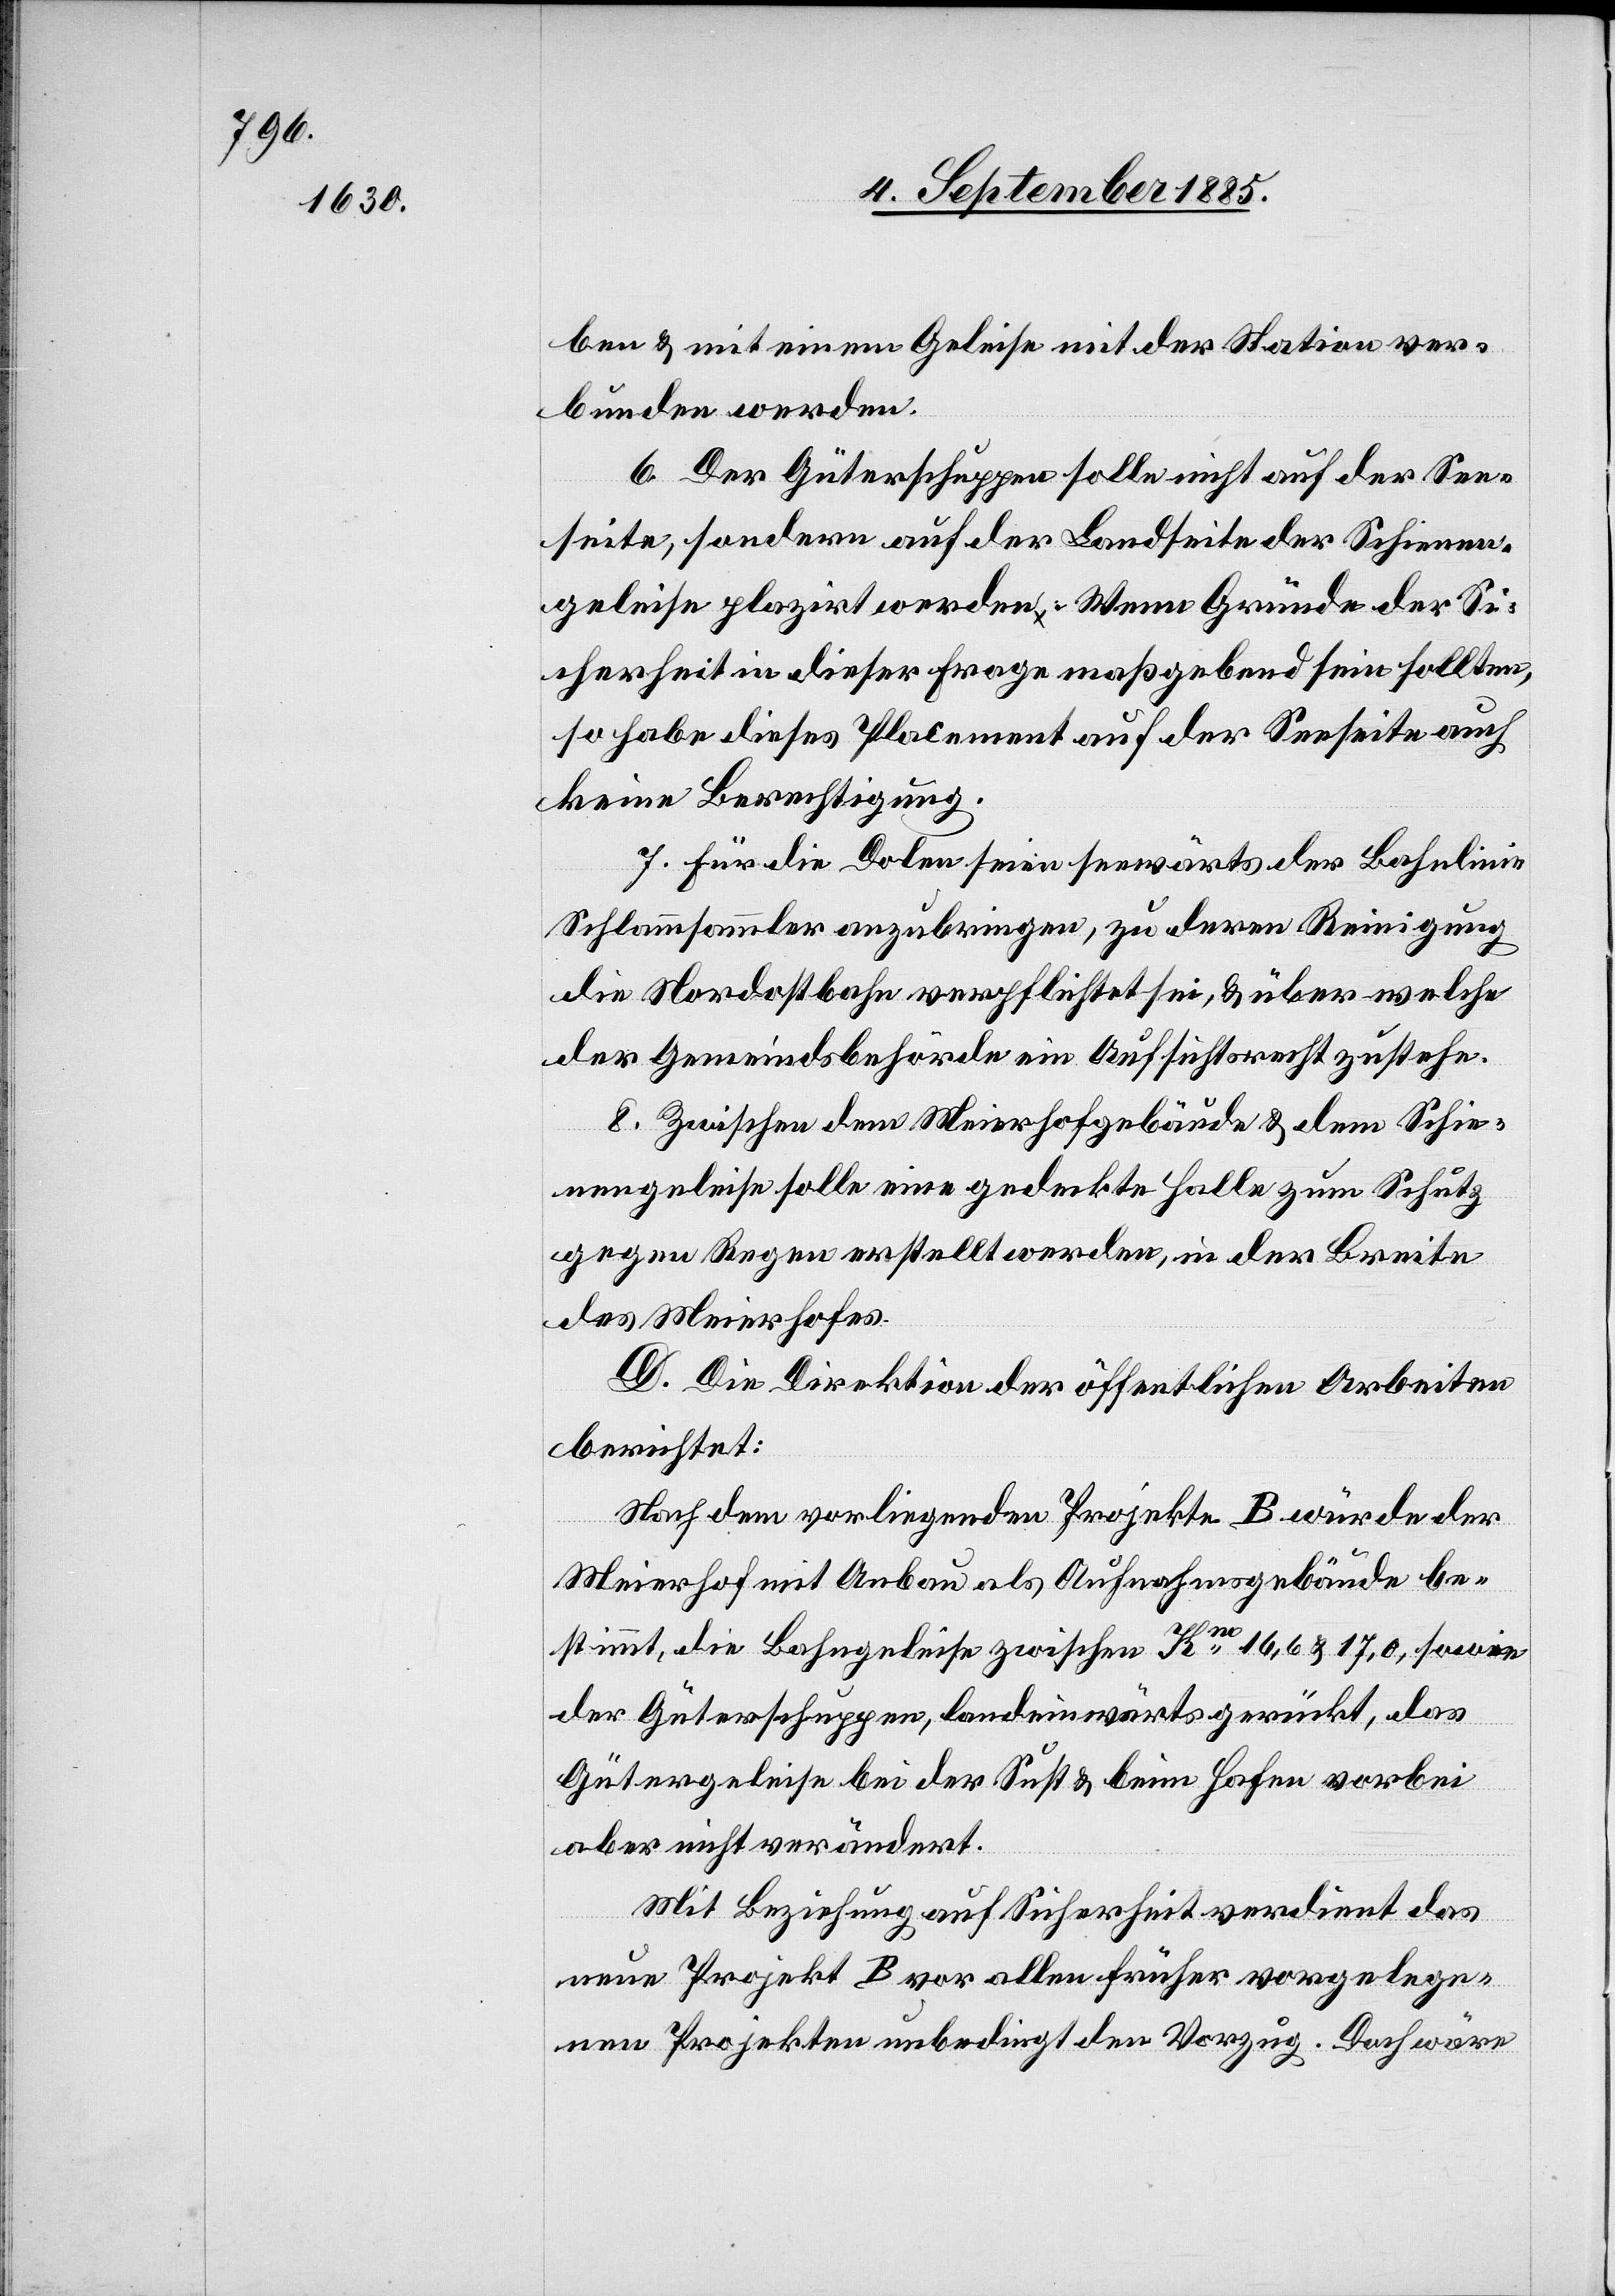
ben & mit einem Geleise mit der Station ver¬
bunden werden.
6. Der Güterschuppen solle nicht auf der See¬
seite, sondern auf der Landseite der Schienen¬
geleise plazirt werden. Wenn Gründe der Si¬
cherheit in dieser Frage maßgebend sein sollten,
so habe dieses Placement auf der Seeseite auch
keine Berechtigung.
7. Für die Dolen seien seewärts der Bahnlinie
Schlammsammler anzubringen, zu deren Reinigung
die Nordostbahn verpflichtet sei, & über welche
der Gemeindsbehörde ein Aufsichtsrecht zustehe.
8. Zwischen dem Meierhofgebäude & dem Schie¬
nengleise solle eine gedeckte Halle zum Schutz
gegen Regen erstellt werden, in der Breite
des Meierhofes.
D. Die Direktion der öffentlichen Arbeiten
berichtet:
Nach dem vorliegenden Projekte B würde der
Meierhof mit Anbau als Aufnahmsgebäude be¬
stimmt, die Bahngeleise zwischen Km 16,6 & 17,0, sowie
der Güterschuppen, landeinwärts gerückt, das
Gütergeleise bei der Sust & beim Hafen vorbei
aber nicht verändert.
Mit Beziehung auf Sicherheit verdient das
neue Projekt B vor allen früher vorgelege¬
nen Projekten unbedingt den Vorzug. Doch wäre